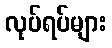
လုပ်ရပ်များ